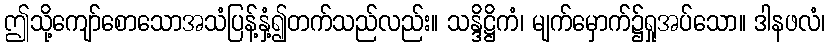
ဤသို့ကျော်စောသောအသံပြန့်နှံ့၍တက်သည်လည်း။ သန္ဒိဋ္ဌိကံ၊ မျက်မှောက်၌ရှုအပ်သော။ ဒါနဖလံ၊